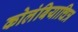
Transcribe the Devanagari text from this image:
कोलंबियाचित्र